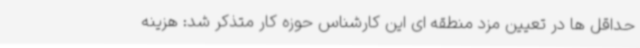
حداقل ها در تعیین مزد منطقه ای این کارشناس حوزه کار متذکر شد: هزینه